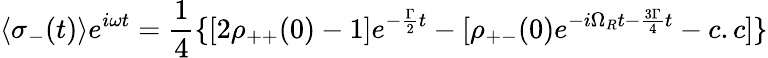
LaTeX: \langle\sigma_{-}(t)\rangle e^{i\omega t}={\frac{1}{4}}\{ [2\rho_{++}(0)-1]e^{-{\frac{\Gamma}{2}}t}-[\rho_{+-}(0)e^{-i\Omega_{R}t-{\frac{3\Gamma}{4}}t}-c.c]\}